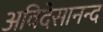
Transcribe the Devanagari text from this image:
अविदेसानन्द